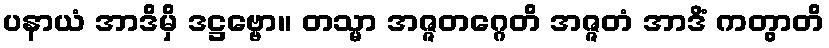
ပနာယံ အာဒိမှိ ဒဋ္ဌဗ္ဗော။ တသ္မာ အဇ္ဇတဂ္ဂေတိ အဇ္ဇတံ အာဒိံ ကတွာတိ